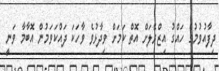
ދިފާއުވުމުގެ ހައްގު އިޒްރޭލަށް އޮތް ކަމަށް ވިދާޅުވެ ވާހަކަ ދައްކަވަމުން އޮބާމާ ވަނީ